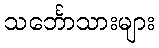
သင်္ဘောသားများ